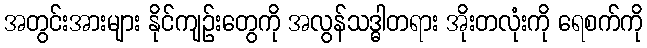
အတွင်းအားများ နိုင်ကျဉ်းတွေကို အလွန်သဒ္ဓါတရား အိုးတလုံးကို ရေစက်ကို